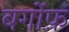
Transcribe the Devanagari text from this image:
बर्गोफ़